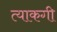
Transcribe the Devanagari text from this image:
त्याकगी